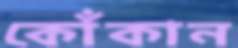
কোঁকান